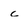
Character: c